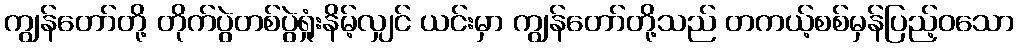
ကျွန်တော်တို့ တိုက်ပွဲတစ်ပွဲရှုံးနိမ့်လျှင် ယင်းမှာ ကျွန်တော်တို့သည် တကယ့်စစ်မှန်ပြည့်ဝသော